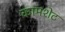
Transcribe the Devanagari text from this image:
कामशेट